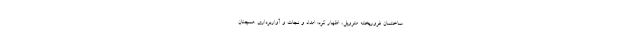
ساختمان فروریخته متروپل، اظهار کرد: امداد و نجات و آواربرداری همچنان